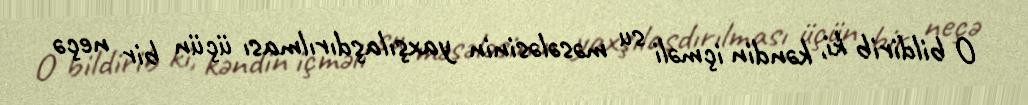
O bildirib ki, kəndin içməli su məsələsinin yaxşılaşdırılması üçün bir neçə